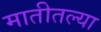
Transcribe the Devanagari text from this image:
मातीतल्या